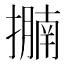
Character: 𢷁